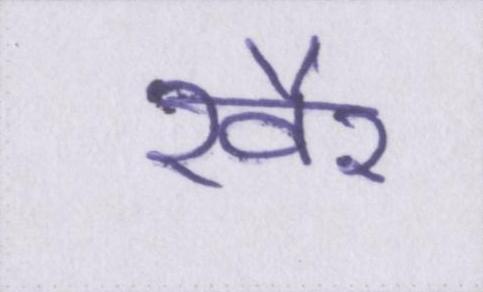
ख़ैर